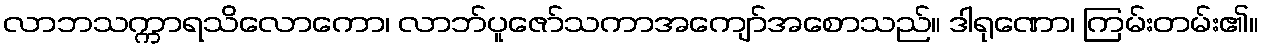
လာဘသက္ကာရသိလောကော၊ လာဘ်ပူဇော်သကာအကျော်အစောသည်။ ဒါရုဏော၊ ကြမ်းတမ်း၏။